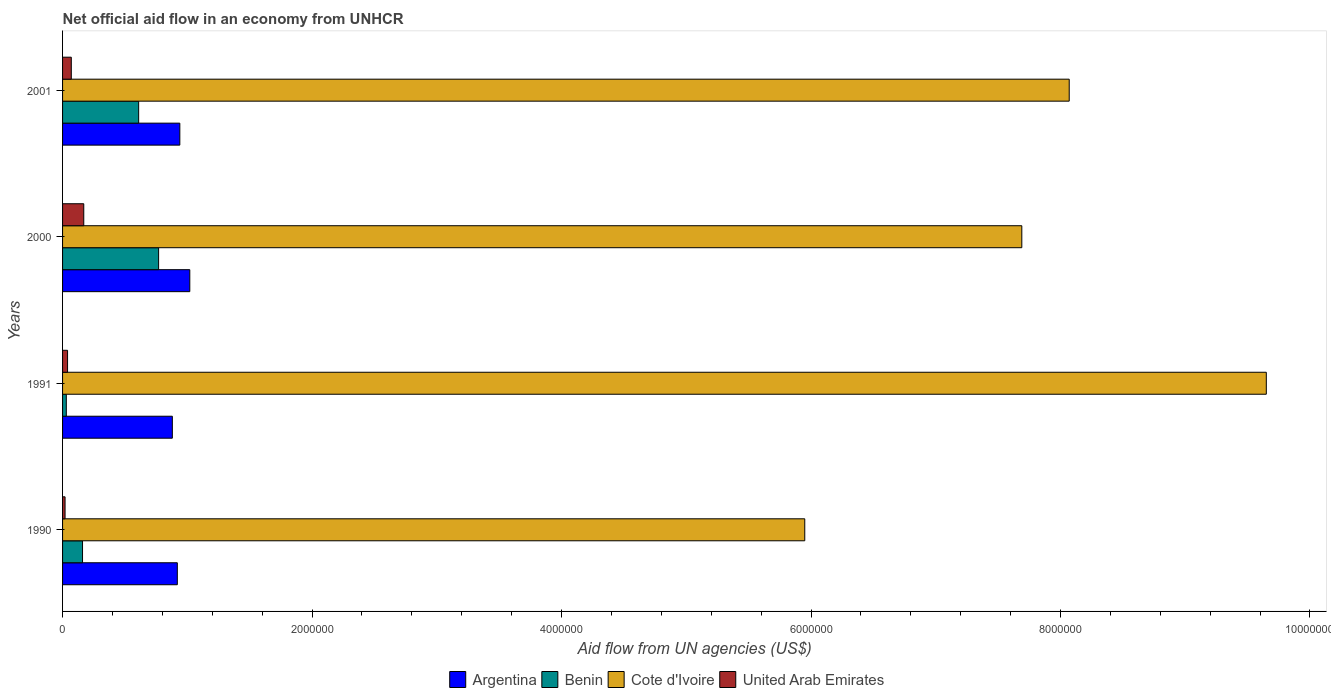
| Years | Argentina | Benin | Cote d'Ivoire | United Arab Emirates |
 | --- | --- | --- | --- | --- |
 | 1990 | 9.2e+05 | 1.6e+05 | 5.95e+06 | 2e+04 |
 | 1991 | 8.8e+05 | 3e+04 | 9.65e+06 | 4e+04 |
 | 2000 | 1.02e+06 | 7.7e+05 | 7.69e+06 | 1.7e+05 |
 | 2001 | 9.4e+05 | 6.1e+05 | 8.07e+06 | 7e+04 |